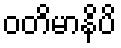
ဝတိမာနိပိ